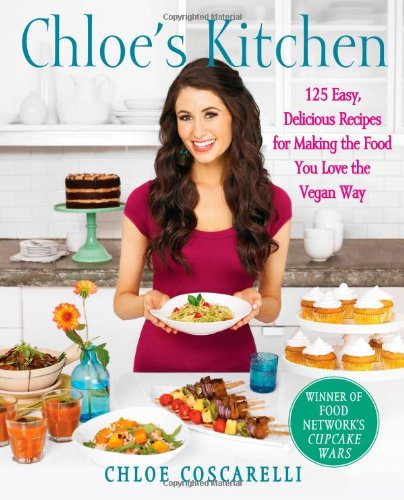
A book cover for Chloe's Kitchen: 125 Easy, Delicious Recipes for Making the Food You Love the Vegan Way; Chloe Coscarelli; Cookbooks, Food & Wine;